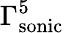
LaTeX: \Gamma_{\mathrm{{sonic}}}^{5}